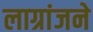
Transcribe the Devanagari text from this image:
लाग्रांजने